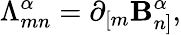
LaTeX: {\Lambda}_{mn}^{\alpha}=\partial_{[m}\mathbf{B}_{n]}^{\alpha},